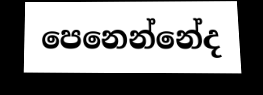
පෙනෙන්නේද